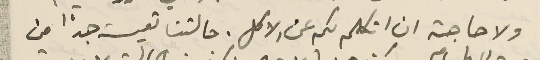
ولا حاجة ان اتكلم لكم عن الاكل. حالتنا تعيسة جدًا من